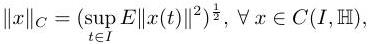
$\|x\|_{C}=\left(\sup _{t \in I} E\|x(t)\|^{2}\right)^{\frac{1}{2}}, \forall x \in C(I, \mathbb{H}),$